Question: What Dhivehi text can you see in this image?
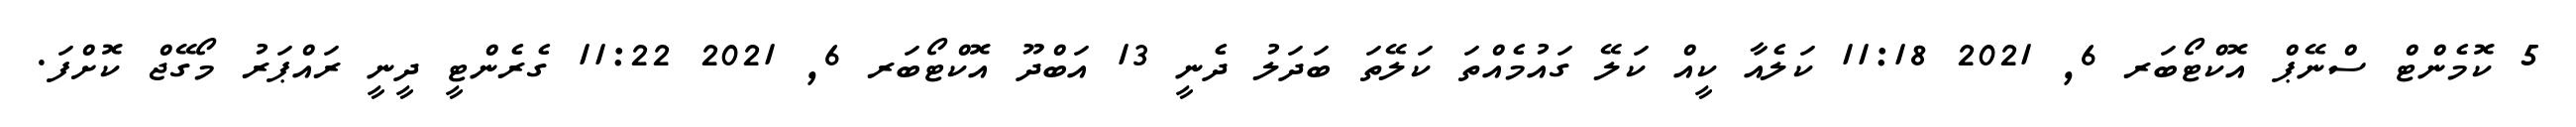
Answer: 5 ކޮމެންޓް ސްނޭޕް އޮކްޓޯބަރ 6, 2021 11:18 ކަލެއާ ކީއް ކަލޭ ގައުމެއްތަ ކަލޭތަ ބަދަލު ދެނީ 13 އަބްދޫ އޮކްޓޯބަރ 6, 2021 11:22 ގެރެންޓީ ދީނީ ރައްޕަރު މޯގޭޖް ކޮށްފަ.